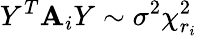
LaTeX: Y^{T}\mathbf{A}_{i}Y\sim\sigma^{2}\chi_{r_{i}}^{2}